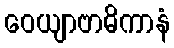
ဝေယျာဗာဓိကာနံ